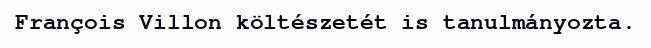
François Villon költészetét is tanulmányozta.